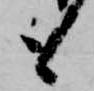
も